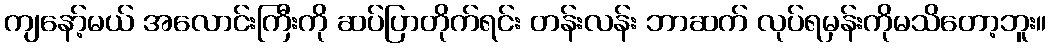
ကျနော့်မယ် အလောင်းကြီးကို ဆပ်ပြာတိုက်ရင်း တန်းလန်း ဘာဆက် လုပ်ရမှန်းကိုမသိတော့ဘူး။